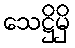
သေဋ္ဌိမှိ